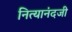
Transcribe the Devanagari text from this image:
नित्यानंदजी